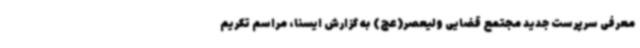
معرفی سرپرست جدید مجتمع قضایی ولیعصر(عج) به گزارش ایسنا، مراسم تکریم